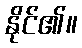
နိုင်၏။